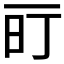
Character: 𬻐